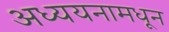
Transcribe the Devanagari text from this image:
अध्ययनामधून